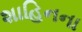
શાહિનના